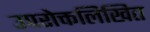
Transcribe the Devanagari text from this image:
उपरोक्तलिखित